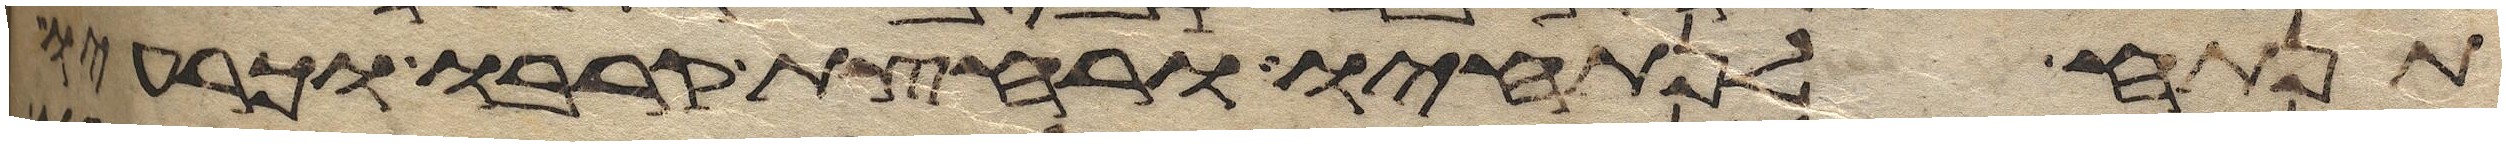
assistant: תנתח לנתחיו ורחצת קרבו וכרעיו